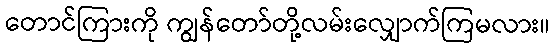
တောင်ကြားကို ကျွန်တော်တို့လမ်းလျှောက်ကြမလား။